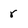
Character: r